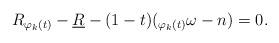
LaTeX: \begin{align*}R_{\varphi_k(t)} -\underline{R} - (1-t)(_{\varphi_k(t)} \omega- n) = 0.\end{align*}